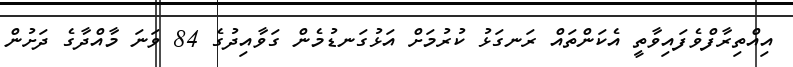
އިއްތިރާފްވެފައިވާތީ އެކަންތައް ރަނގަޅު ކުރުމަށް އަޅުގަނޑުމެން ގަވާއިދުގެ 84 ވަނަ މާއްދާގެ ދަށުން